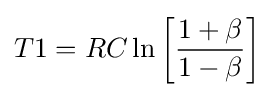
T1=RC\ln \left[{\frac {1+\beta }{1-\beta }}\right]